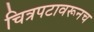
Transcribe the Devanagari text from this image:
चित्रपटावरूनच